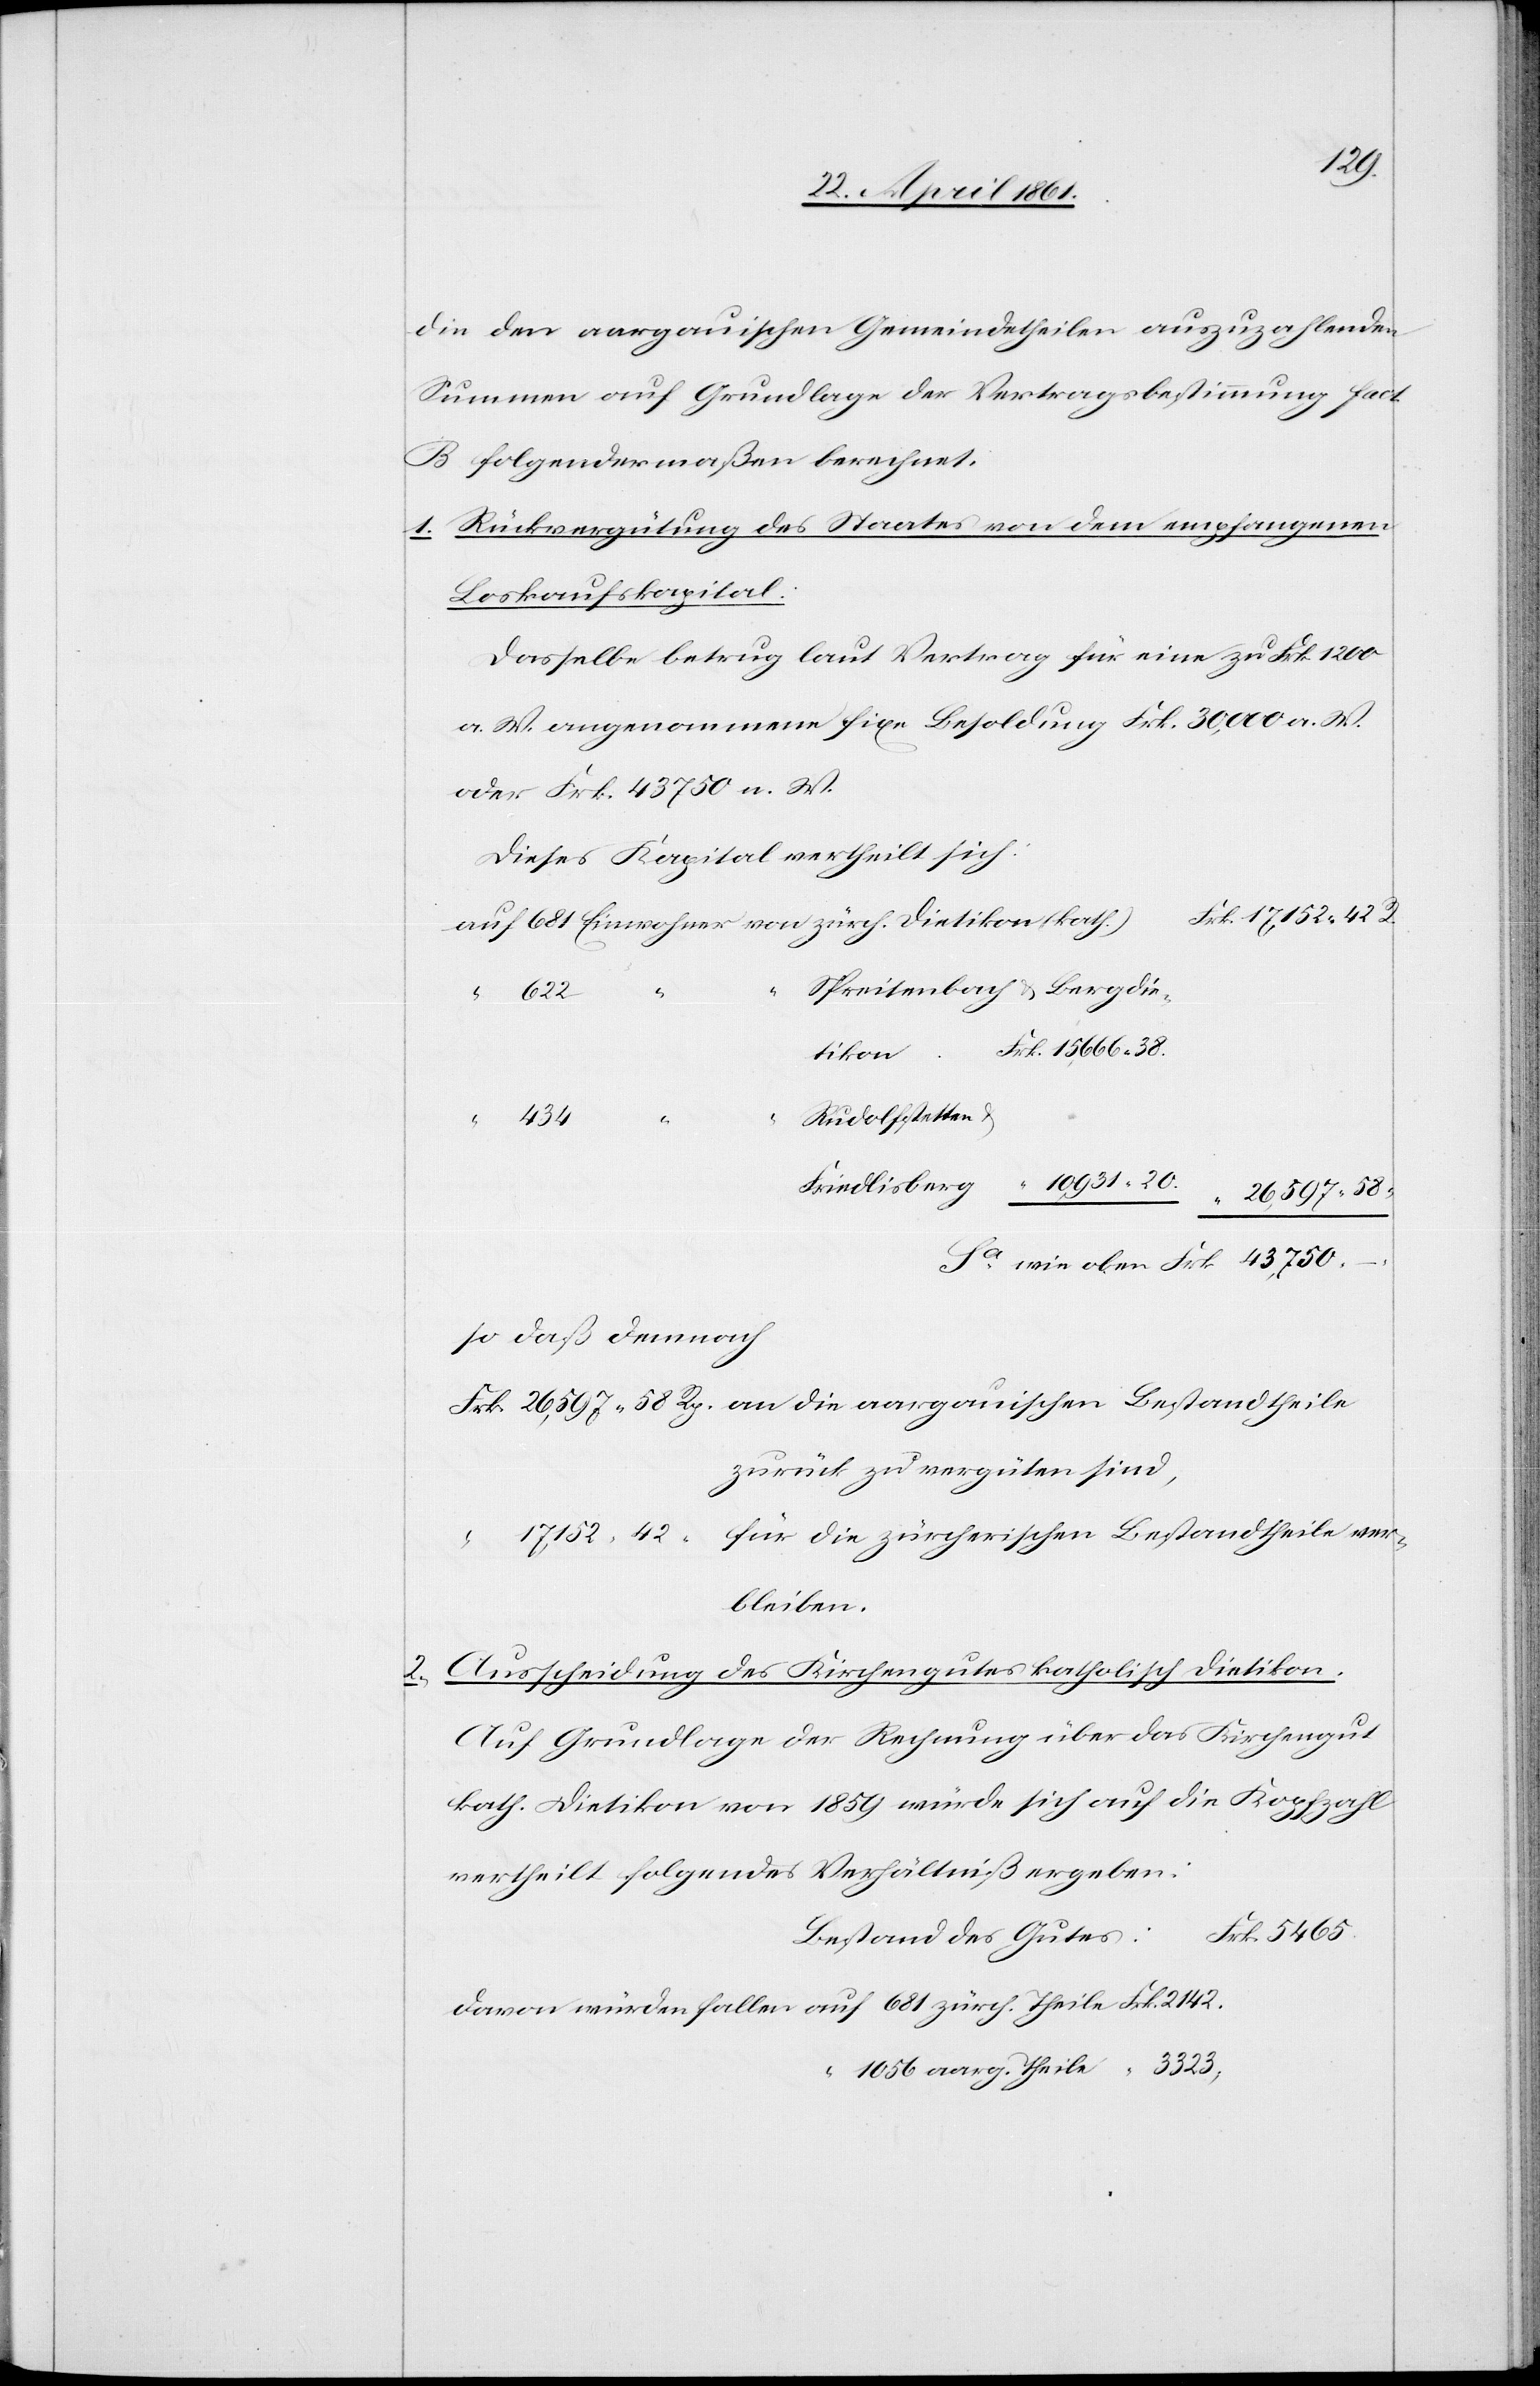
2.

aarg.
die den aargauischen Gemeindetheilen auszuzahlenden
Summen auf Grundlage der Vertragsbestimmung fac¬
t. B folgendermaßen berechnet:
1. Rückvergütung des Staates von dem empfangenen
Loskaufskapital.
Dasselbe betrug laut Vertrag für eine zu Frk. 1200
a. W. angenommene fixe Besoldung Frk. 30,000 a. W.
oder Frk. 43 750 n. W.
Dieses Kapital vertheilt sich
Spreitenbach u. Bergdie¬
“
Rudolfstetten u.
2142
so daß demnach
zurück zu vergüten sind,
bleiben.
Ausscheidung des Kirchengutes katholisch Dietikon.
Auf Grundlage der Rechnung über das Kirchengut
kath. Dietikon von 1859 würde sich auf die Kopfzahl
vertheilt folgendes Verhältniß ergeben:
Bestand des Gutes: